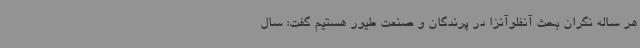
هر ساله نگران بحث آنفلوآنزا در پرندگان و صنعت طیور هستیم گفت: سال